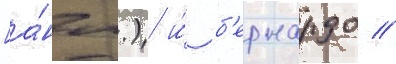
[а́нгл.) и́ б'ернардо //